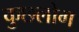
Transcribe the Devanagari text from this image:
कुछलोग